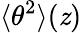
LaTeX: \langle\theta^{2}\rangle(\mathit{z})